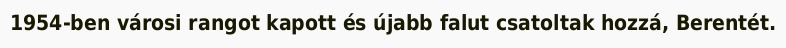
1954-ben városi rangot kapott és újabb falut csatoltak hozzá, Berentét.